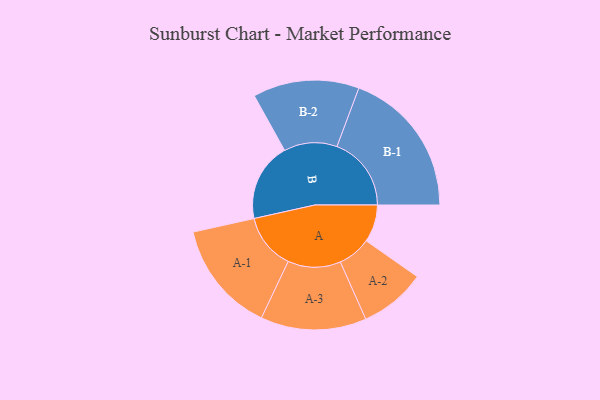
{"axis": {"x": "Segment", "y": "Value"}, "legend": ["", "A", "B"], "data": [{"x": "A", "y": 141, "type": ""}, {"x": "B", "y": 296, "type": ""}, {"x": "A-1", "y": 210, "type": "A"}, {"x": "A-2", "y": 125, "type": "A"}, {"x": "A-3", "y": 199, "type": "A"}, {"x": "B-1", "y": 280, "type": "B"}, {"x": "B-2", "y": 200, "type": "B"}]}